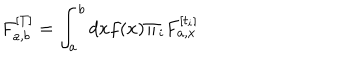
F _ { a , b } ^ { [ T ] } = \int _ { a } ^ { b } d x f ( x ) \Pi _ { i } F _ { a , x } ^ { [ t _ { i } ] }